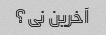
آخرین نی؟